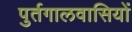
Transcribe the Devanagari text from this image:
पुर्तगालवासियों